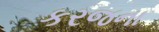
કરજના